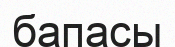
бапасы